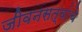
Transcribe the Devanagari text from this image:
जीवनसत्वांचे